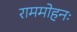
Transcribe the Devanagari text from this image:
राममोहनः